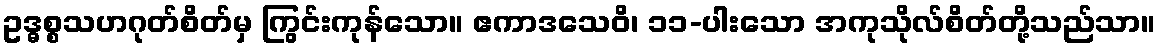
ဥဒ္ဓစ္စသဟဂုတ်စိတ်မှ ကြွင်းကုန်သော။ ဧကာဒသေဝိ၊ ၁၁-ပါးသော အကုသိုလ်စိတ်တို့သည်သာ။